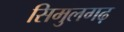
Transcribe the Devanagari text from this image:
सिमुलगढ़